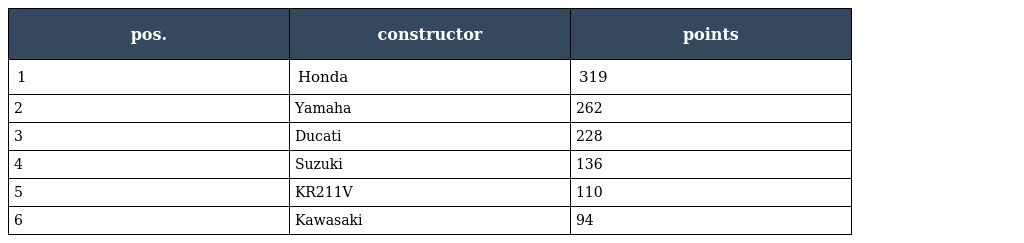
| pos. | constructor | points |
 | --- | --- | --- |
 | 1 | Honda | 319 |
 | 2 | Yamaha | 262 |
 | 3 | Ducati | 228 |
 | 4 | Suzuki | 136 |
 | 5 | KR211V | 110 |
 | 6 | Kawasaki | 94 |